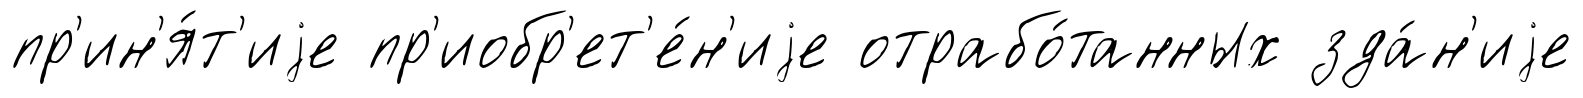
пр'ин'я́т'иjе пр'иобр'ет'е́н'иjе отрабо́танных зда́н'иjе